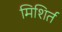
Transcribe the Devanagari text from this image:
मिशिर्त